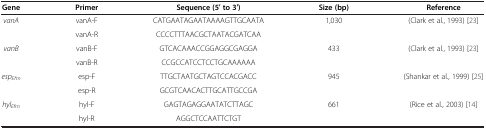
<table><thead><tr><td><b>Gene</b></td><td><b>Primer</b></td><td><b>Sequence (5′ to 3′)</b></td><td><b>Size (bp)</b></td><td><b>Reference</b></td></tr></thead><tbody><tr><td rowspan="2"><i>vanA</i></td><td>vanA-F</td><td>CATGAATAGAATAAAAGTTGCAATA</td><td rowspan="2">1,030</td><td rowspan="2">(Clark et al., 1993) [23]</td></tr><tr><td>vanA-R</td><td>CCCCTTTAACGCTAATACGATCAA</td></tr><tr><td rowspan="2"><i>vanB</i></td><td>vanB-F</td><td>GTCACAAACCGGAGGCGAGGA</td><td rowspan="2">433</td><td rowspan="2">(Clark et al., 1993) [23]</td></tr><tr><td>vanB-R</td><td>CCGCCATCCTCCTGCAAAAAA</td></tr><tr><td rowspan="2"><i>esp</i><sub><i>Efm</i></sub></td><td>esp-F</td><td>TTGCTAATGCTAGTCCACGACC</td><td rowspan="2">945</td><td rowspan="2">(Shankar et al., 1999) [25]</td></tr><tr><td>esp-R</td><td>GCGTCAACACTTGCATTGCCGA</td></tr><tr><td rowspan="2"><i>hyl</i><sub><i>Efm</i></sub></td><td>hyl-F</td><td>GAGTAGAGGAATATCTTAGC</td><td rowspan="2">661</td><td rowspan="2">(Rice et al., 2003) [14]</td></tr><tr><td>hyl-R</td><td>AGGCTCCAATTCTGT</td></tr></tbody></table>